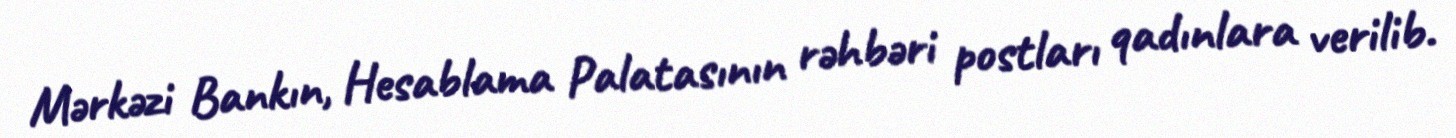
Mərkəzi Bankın, Hesablama Palatasının rəhbəri postları qadınlara verilib.